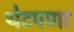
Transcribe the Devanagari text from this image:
थेटपणा